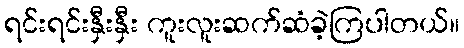
ရင်းရင်းနှီးနှီး ကူးလူးဆက်ဆံခဲ့ကြပါတယ်။